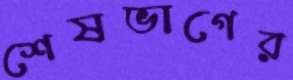
শেষভাগের